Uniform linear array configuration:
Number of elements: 4
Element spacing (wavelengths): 0.75
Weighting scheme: binomial
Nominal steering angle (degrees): -30
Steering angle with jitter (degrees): -28.211
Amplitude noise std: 0.05
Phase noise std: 0.05

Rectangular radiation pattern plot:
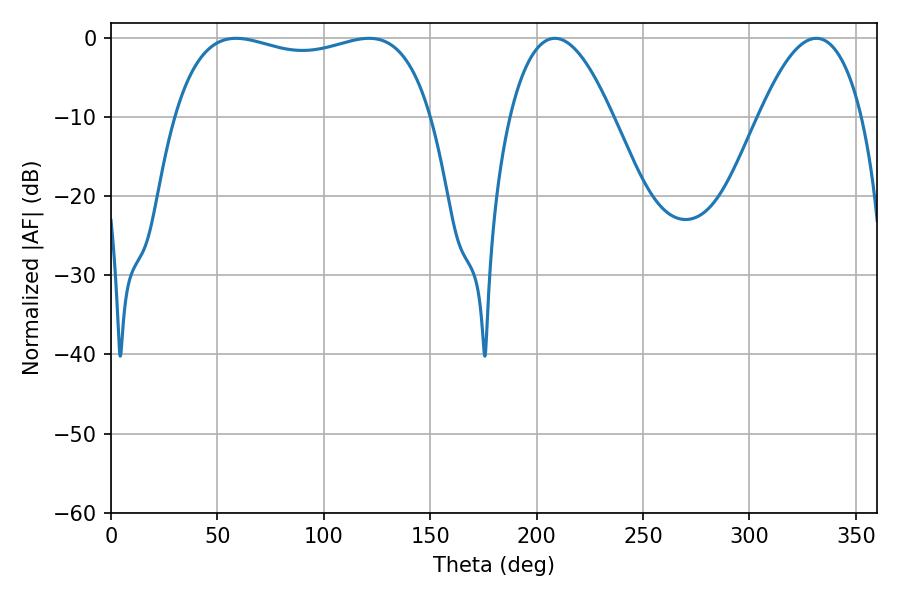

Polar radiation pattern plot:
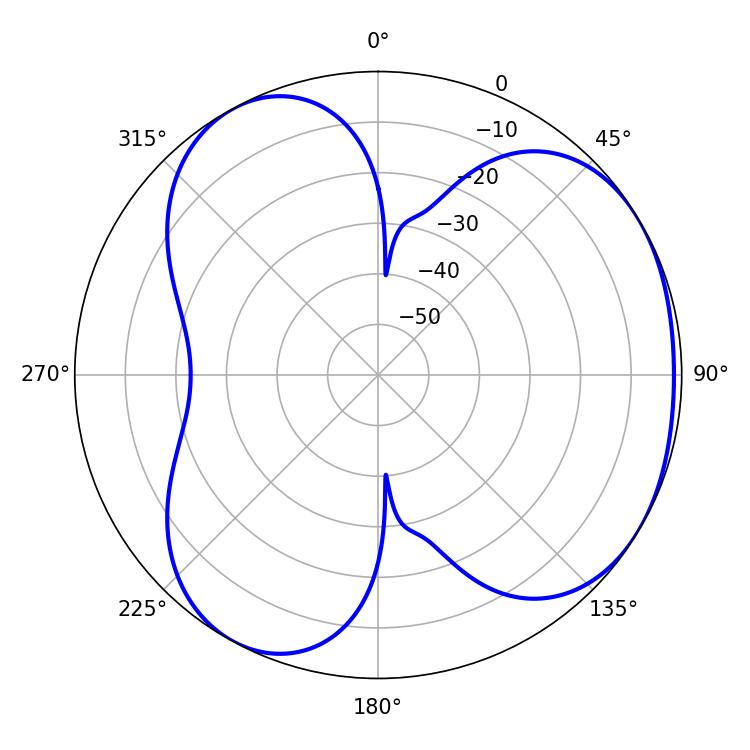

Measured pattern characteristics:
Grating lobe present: TRUE
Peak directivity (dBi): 3.829
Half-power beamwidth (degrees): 26.64
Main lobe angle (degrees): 208.62